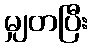
မျှတပြီး